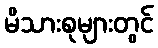
မိသားစုများတွင်